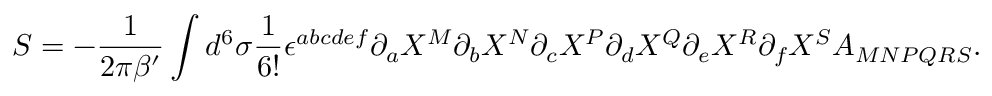
{ \cal S } = - { \frac { 1 } { 2 \pi \beta ^ { \prime } } } \int d ^ { 6 } \sigma { \frac { 1 } { 6 ! } } \epsilon ^ { a b c d e f } \partial _ { a } X ^ { M } \partial _ { b } X ^ { N } \partial _ { c } X ^ { P } \partial _ { d } X ^ { Q } \partial _ { e } X ^ { R } \partial _ { f } X ^ { S } A _ { M N P Q R S } .